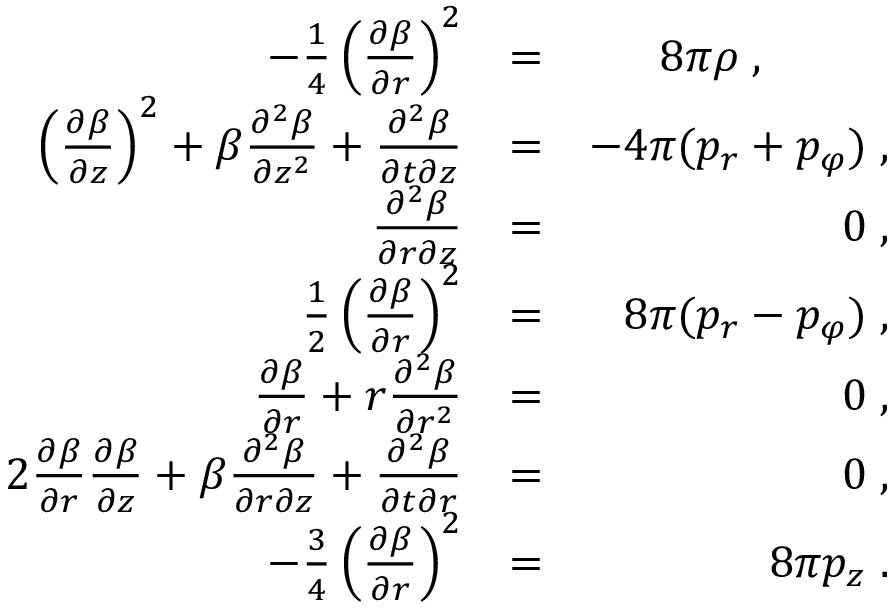
\begin{array} { r l r } { - \frac { 1 } { 4 } \left( \frac { \partial \beta } { \partial r } \right) ^ { 2 } } & { = } & { 8 \pi \rho \; , \; \; \; \; \; \; \; \; \; \; } \\ { \left( \frac { \partial \beta } { \partial z } \right) ^ { 2 } + \beta \frac { \partial ^ { 2 } \beta } { \partial z ^ { 2 } } + \frac { \partial ^ { 2 } \beta } { \partial t \partial z } } & { = } & { - 4 \pi ( p _ { r } + p _ { \varphi } ) \; , } \\ { \frac { \partial ^ { 2 } \beta } { \partial r \partial z } } & { = } & { 0 \; , } \\ { \frac { 1 } { 2 } \left( \frac { \partial \beta } { \partial r } \right) ^ { 2 } } & { = } & { 8 \pi ( p _ { r } - p _ { \varphi } ) \; , } \\ { \frac { \partial \beta } { \partial r } + r \frac { \partial ^ { 2 } \beta } { \partial r ^ { 2 } } } & { = } & { 0 \; , } \\ { 2 \frac { \partial \beta } { \partial r } \frac { \partial \beta } { \partial z } + \beta \frac { \partial ^ { 2 } \beta } { \partial r \partial z } + \frac { \partial ^ { 2 } \beta } { \partial t \partial r } } & { = } & { 0 \; , } \\ { - \frac { 3 } { 4 } \left( \frac { \partial \beta } { \partial r } \right) ^ { 2 } } & { = } & { 8 \pi p _ { z } \; . } \end{array}